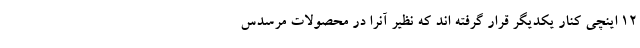
12 اینچی کنار یکدیگر قرار گرفته اند که نظیر آنرا در محصولات مرسدس